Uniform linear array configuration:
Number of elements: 32
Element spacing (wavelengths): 1
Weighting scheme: blackman
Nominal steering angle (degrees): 0
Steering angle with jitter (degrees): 0.2506
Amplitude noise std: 0.05
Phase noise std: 0.05

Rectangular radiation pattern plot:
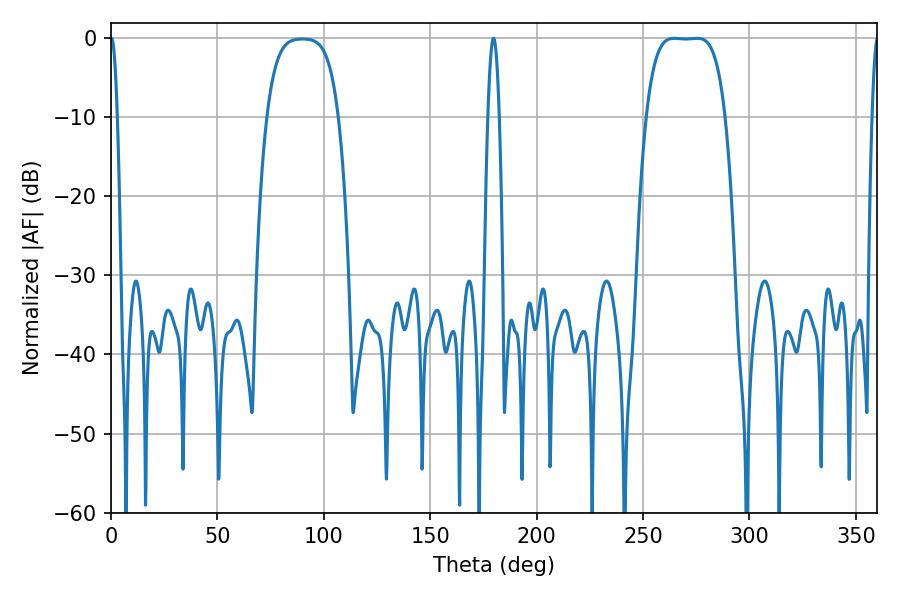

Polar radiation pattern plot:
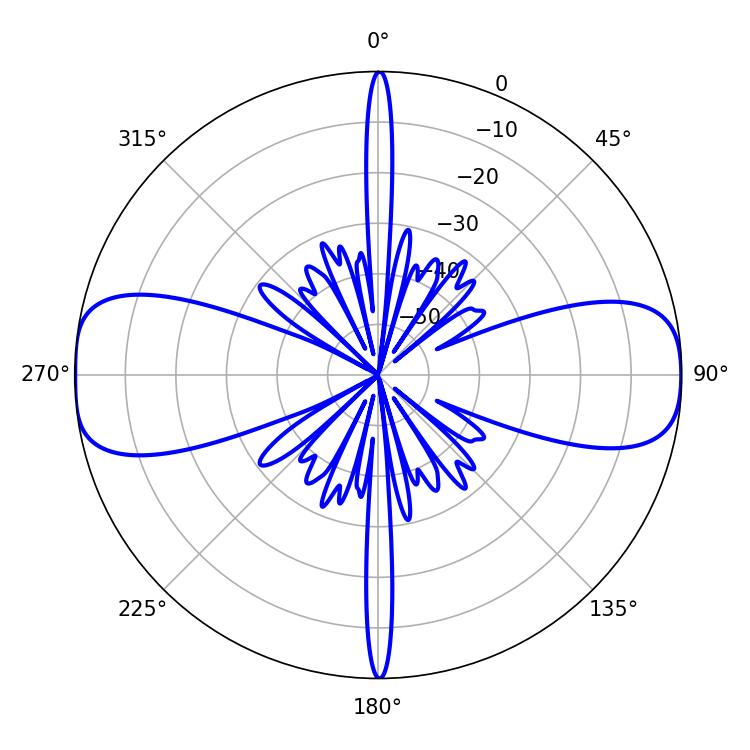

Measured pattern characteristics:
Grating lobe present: TRUE
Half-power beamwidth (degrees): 28.44
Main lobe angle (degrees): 264.6